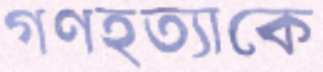
গণহত্যাকে